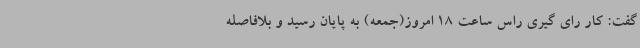
گفت: کار رای گیری راس ساعت 18 امروز(جمعه) به پایان رسید و بلافاصله